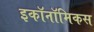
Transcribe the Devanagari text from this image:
इकॉनॉमिकस